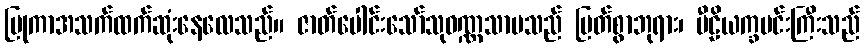
ပြုကာအသက်ထက်ဆုံးနေလေသည်။ ဇာတ်ပေါင်းသော်သုဝဏ္ဏသာမသည် မြတ်စွာဘုရား၊ ပီဠိယက္ခမင်းကြီးသည်